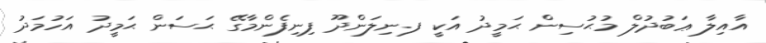
އާއިލާ ޢަބުދުލް މުޙުސިން ޙަމީދު އަކީ ފ.ނިލަންދޫ ފިނިފެންމާގޭ ޙަސަން ޙަމީދު އަހުމަދު